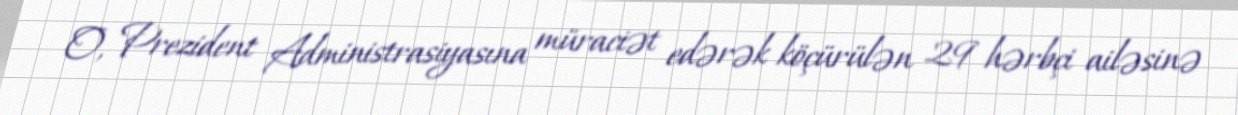
O, Prezident Administrasiyasına müraciət edərək köçürülən 29 hərbçi ailəsinə